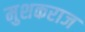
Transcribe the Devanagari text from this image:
मुशकराज